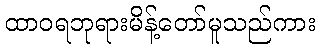
ထာဝရဘုရားမိန့်တော်မူသည်ကား